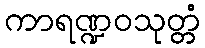
ကာရဏ္ဍဝသုတ္တံ